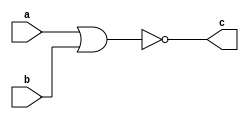
`timescale 1ns / 1ps
//////////////////////////////////////////////////////////////////////////////////
// Company: 
// Engineer: 
// 
// Design Name: 
// Module Name: nor_2
// Project Name: 
// Target Devices: 
// Tool Versions: 
// Description: 
// 
// Dependencies: 
// 
// Revision:
// Revision 0.01 - File Created
// Additional Comments:
// 
//////////////////////////////////////////////////////////////////////////////////


module nor_2(
    input a,b,
    output c
    );
assign c=~(a|b);
endmodule